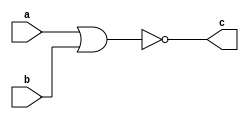
`timescale 1ns / 1ps
//////////////////////////////////////////////////////////////////////////////////
// Company: 
// Engineer: 
// 
// Design Name: 
// Module Name: nor_2
// Project Name: 
// Target Devices: 
// Tool Versions: 
// Description: 
// 
// Dependencies: 
// 
// Revision:
// Revision 0.01 - File Created
// Additional Comments:
// 
//////////////////////////////////////////////////////////////////////////////////


module nor_2(
    input a,b,
    output c
    );
assign c=~(a|b);
endmodule